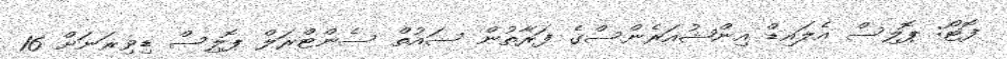
ފޮޓޯ: ޕޮލިސް އެލައިޑް އިންޝުއަރެންސްގެ ފަރާތުން ސައުތް ސެންޓްރަލް ޕޮލިސް ޑިވިޜަނަށް 16